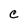
Character: C